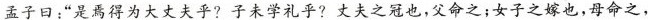
孟子曰：”是焉得为大丈夫乎?子未学礼乎?丈夫之冠也，父命之；女子之嫁也，母命之，